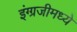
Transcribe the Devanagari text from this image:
इंग्ग्रजीमध्ये